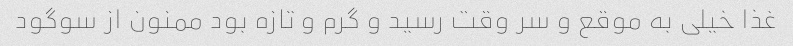
غذا خیلی به موقع و سر وقت رسید و گرم و تازه بود ممنون از سوگود